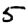
Digit: 5